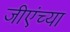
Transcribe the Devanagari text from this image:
जीएंच्या